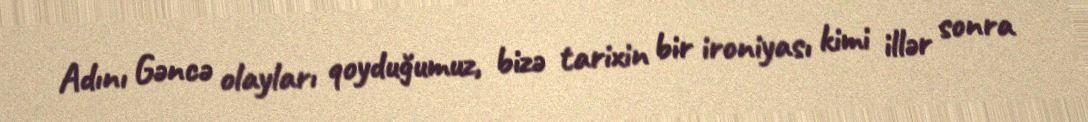
Adını Gəncə olayları qoyduğumuz, bizə tarixin bir ironiyası kimi illər sonra